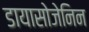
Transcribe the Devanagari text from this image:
डायासोजेनिन